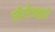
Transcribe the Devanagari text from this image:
सीरीजद्वारे